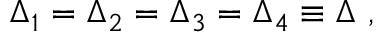
\Delta _ { 1 } = \Delta _ { 2 } = \Delta _ { 3 } = \Delta _ { 4 } \equiv \Delta \ ,